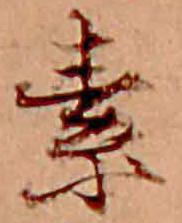
素